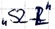
Text: "S2_R"